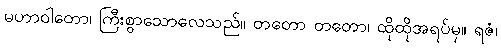
မဟာဝါတော၊ ကြီးစွာသောလေသည်။ တတော တတော၊ ထိုထိုအရပ်မှ။ ရဇံ၊